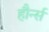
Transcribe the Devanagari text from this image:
हौर्न्स